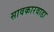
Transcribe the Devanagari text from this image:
सावकारवाडा